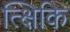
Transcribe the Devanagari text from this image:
त्क्षिकि